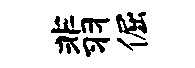
翡倔